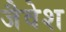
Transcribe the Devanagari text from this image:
जैवेश